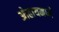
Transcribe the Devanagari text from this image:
ओहायमध्ये